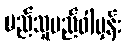
မည်သူမည်ဝါမှန်း